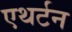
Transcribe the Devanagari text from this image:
एथर्टन